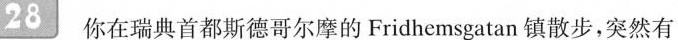
28你在瑞典首都斯德哥尔摩的Fridhemsgatan镇散步，突然有